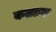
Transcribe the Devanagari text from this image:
कलङक